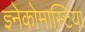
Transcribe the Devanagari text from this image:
ज्ञ्नेकोमास्टिया